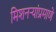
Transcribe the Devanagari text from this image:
मिशनऱ्यांप्रमाणे